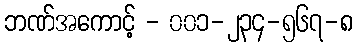
ဘဏ်အကောင့် - ၀၀၁-၂၃၄-၅၆၇-၈